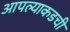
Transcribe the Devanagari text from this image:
आपल्याकडची